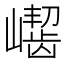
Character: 𪩛